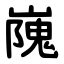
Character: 㠕